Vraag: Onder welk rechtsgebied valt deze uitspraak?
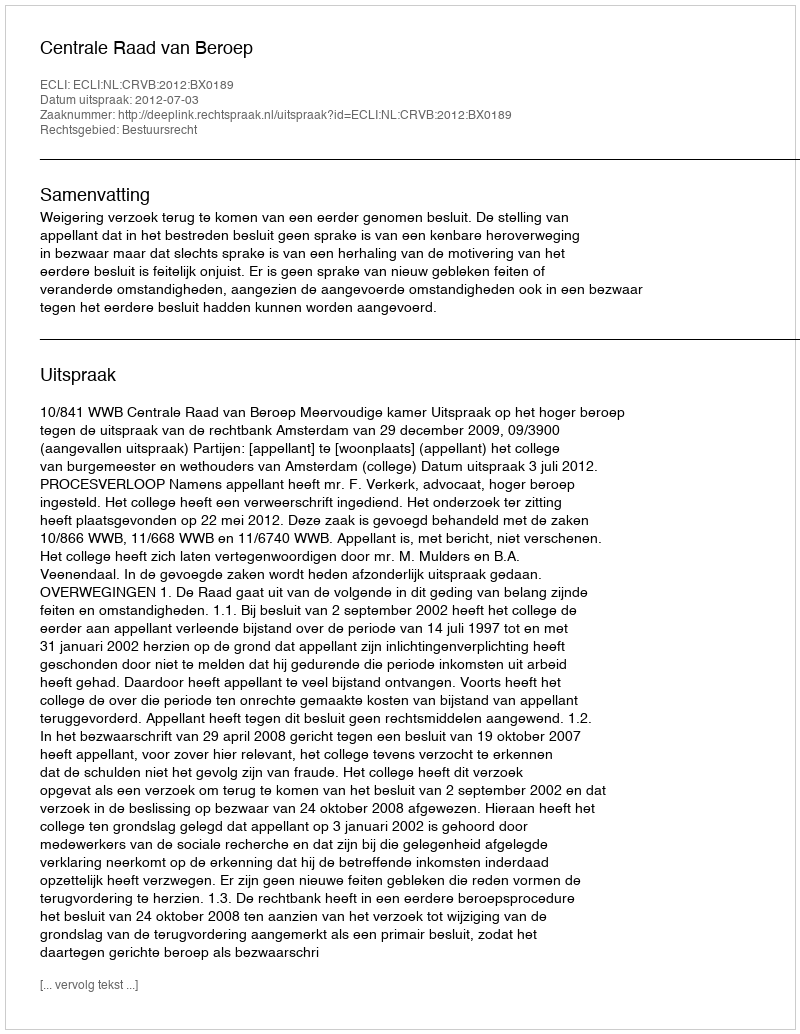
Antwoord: Bestuursrecht